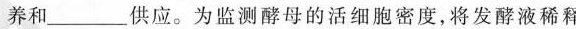
养和___供应。为监测酵母的活细胞密度，将发酵液稀释